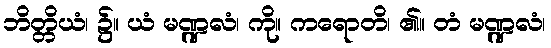
ဘိတ္တိယံ၊ ၌။ ယံ မဏ္ဍလံ၊ ကို။ ကရောတိ၊ ၏။ တံ မဏ္ဍလံ၊